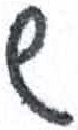
אות: ש